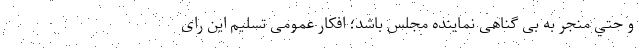
و حتي منجر به بی گناهی نماینده مجلس باشد؛ افکار عمومی تسلیم این رای